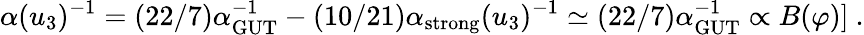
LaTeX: \alpha(u_{3})^{-1}=(22/7)\alpha_{\mathrm{GUT}}^{-1}-(10/21)\alpha_{\mathrm{strong}}(u_{3})^{-1}\simeq(22/7)\alpha_{\mathrm{GUT}}^{-1}\propto B(\varphi)]\ .